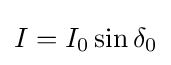
I=I_{0}\sin \delta _{0}